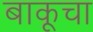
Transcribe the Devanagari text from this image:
बाकूचा